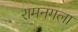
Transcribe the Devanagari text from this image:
रामनगला